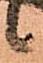
候